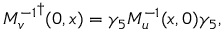
{ M _ { v } ^ { - 1 } } ^ { \dagger } ( 0 , x ) = \gamma _ { 5 } M _ { u } ^ { - 1 } ( x , 0 ) \gamma _ { 5 } ,